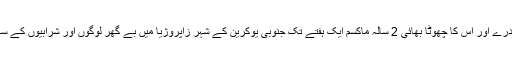
3 سالہ آندرے اور اس کا چھوٹا بھائی 2 سالہ ماکسم ایک ہفتے تک جنوبی یوکرین کے شہر زاپروژیا میں بے گھر لوگوں اور شرابیوں کے ساتھ رہے۔